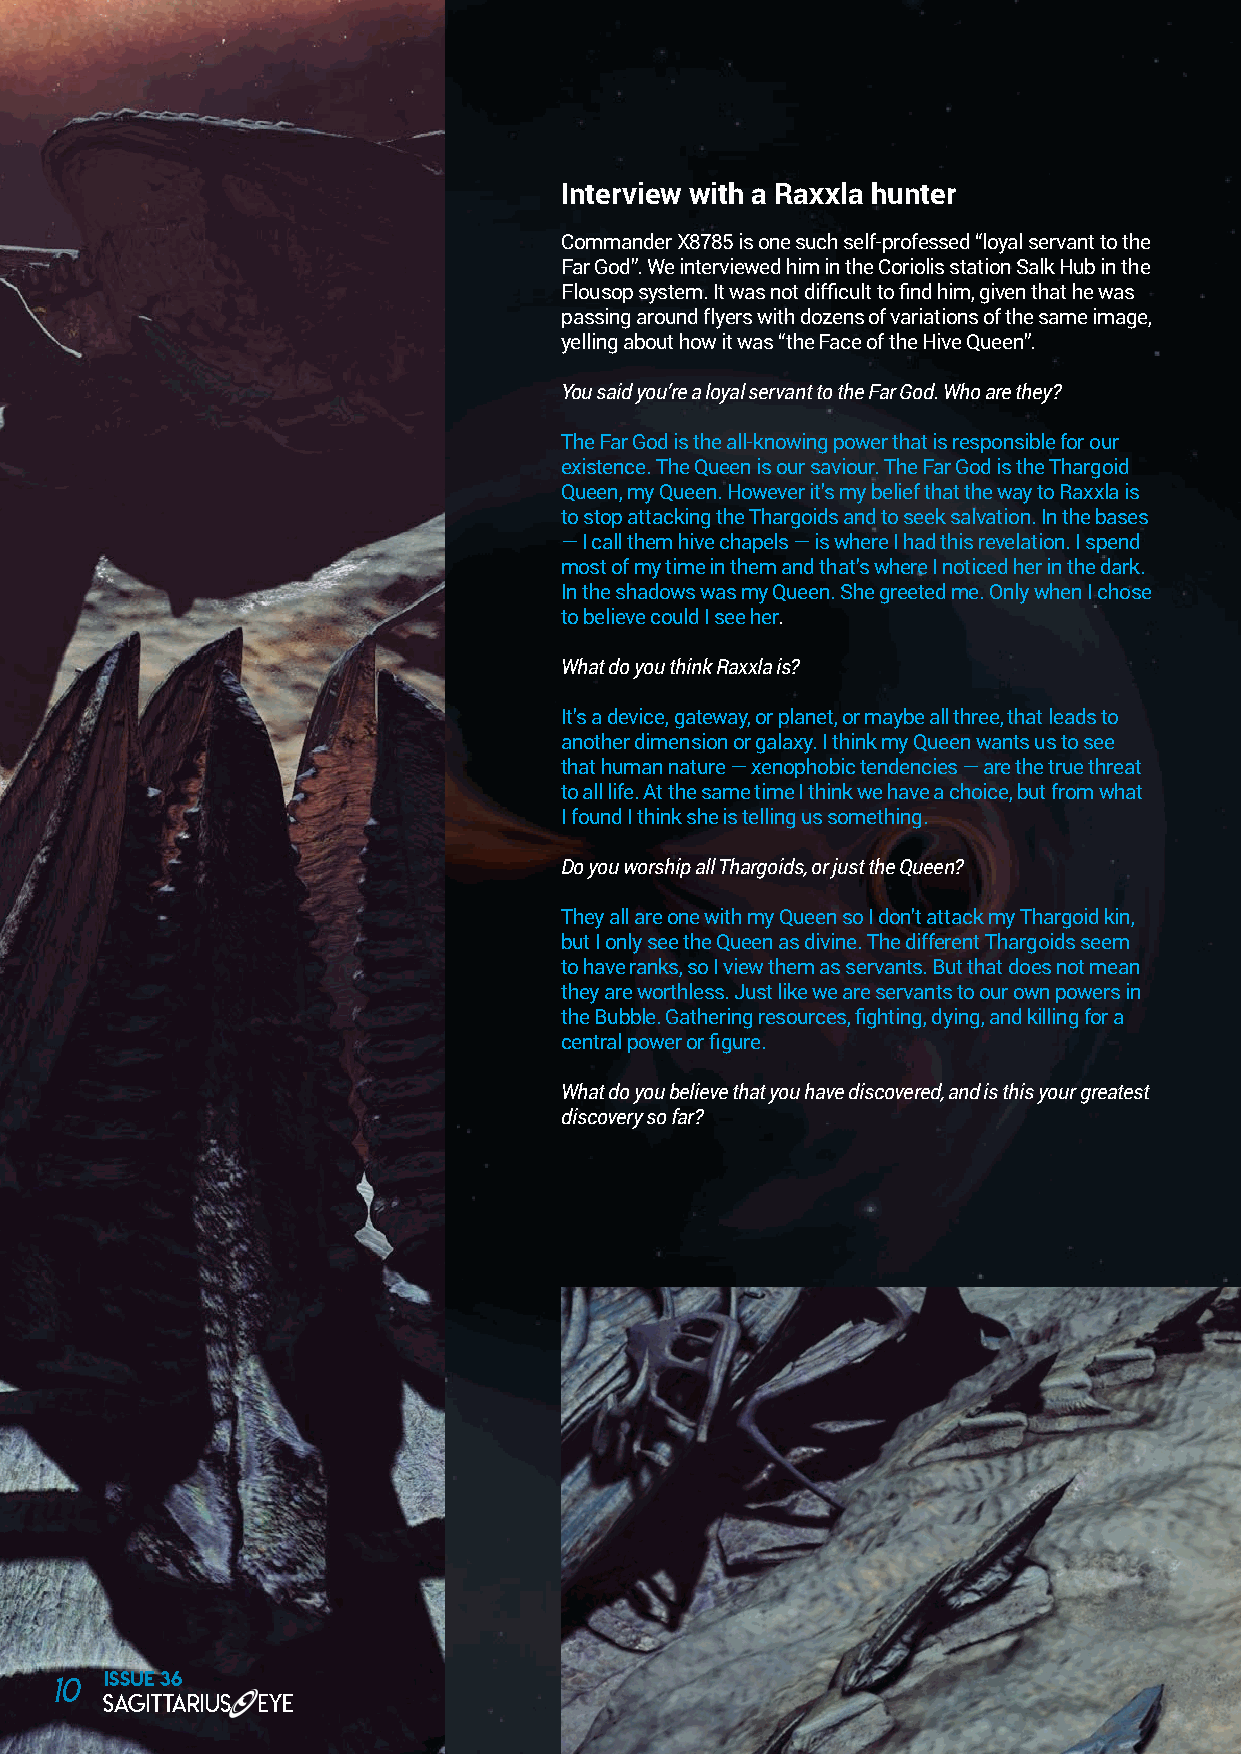
Interview with a Raxxla hunter
 Commander X8785 is one such self-professed “loyal servant to the
 Far God”. We interviewed him in the Coriolis station Salk Hub in the
 Flousop system. It was not difficult to find him, given that he was
 passing around flyers with dozens of variations of the same image,
 yelling about how it was “the Face of the Hive Queen”.
 You said you’re a loyal servant to the Far God. Who are they?
 The Far God is the all-knowing power that is responsible for our
 existence. The Queen is our saviour. The Far God is the Thargoid
 Queen, my Queen. However it’s my belief that the way to Raxxla is
 to stop attacking the Thargoids and to seek salvation. In the bases
 — I call them hive chapels — is where I had this revelation. I spend
 most of my time in them and that’s where I noticed her in the dark.
 In the shadows was my Queen. She greeted me. Only when I chose
 to believe could I see her.
 What do you think Raxxla is?
 It’s a device, gateway, or planet, or maybe all three, that leads to
 another dimension or galaxy. I think my Queen wants us to see
 that human nature — xenophobic tendencies — are the true threat
 to all life. At the same time I think we have a choice, but from what
 I found I think she is telling us something.
 Do you worship all Thargoids, or just the Queen?
 They all are one with my Queen so I don’t attack my Thargoid kin,
 but I only see the Queen as divine. The different Thargoids seem
 to have ranks, so I view them as servants. But that does not mean
 they are worthless. Just like we are servants to our own powers in
 the Bubble. Gathering resources, fighting, dying, and killing for a
 central power or figure.
 What do you believe that you have discovered, and is this your greatest
 discovery so far?
 10  ISSUE 36